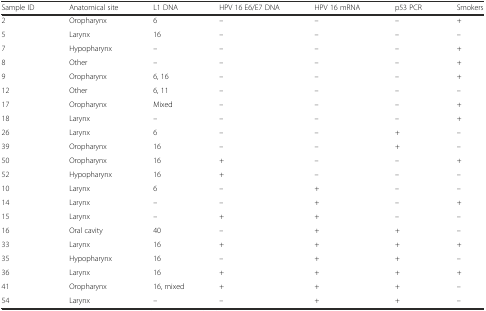
| Sample ID | Anatomical site | L1 DNA | HPV 16 E6/E7 DNA | HPV 16 mRNA | p53 PCR | Smokers |
 | --- | --- | --- | --- | --- | --- | --- |
 | 2 | Oropharynx | 6 | – | – | – | + |
 | 5 | Larynx | 16 | – | – | – | – |
 | 7 | Hypopharynx | – | – | – | – | + |
 | 8 | Other | – | – | – | – | + |
 | 9 | Oropharynx | 6, 16 | – | – | – | + |
 | 12 | Other | 6, 11 | – | – | – | – |
 | 17 | Oropharynx | Mixed | – | – | – | + |
 | 18 | Larynx | – | – | – | – | + |
 | 26 | Larynx | 6 | – | – | + | – |
 | 39 | Oropharynx | 16 | – | – | + | – |
 | 50 | Oropharynx | 16 | + | – | – | + |
 | 52 | Hypopharynx | 16 | + | – | – | – |
 | 10 | Larynx | 6 | – | + | – | – |
 | 14 | Larynx | – | – | + | – | + |
 | 15 | Larynx | – | + | + | – | – |
 | 16 | Oral cavity | 40 | – | + | + | – |
 | 33 | Larynx | 16 | + | + | + | + |
 | 35 | Hypopharynx | 16 | – | + | + | – |
 | 36 | Larynx | 16 | + | + | + | + |
 | 41 | Oropharynx | 16, mixed | + | + | + | – |
 | 54 | Larynx | – | – | + | + | – |